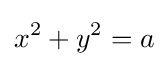
x^{2}+y^{2}=a